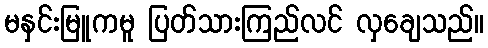
မနှင်းမြူကမူ ပြတ်သားကြည်လင် လှချေသည်။